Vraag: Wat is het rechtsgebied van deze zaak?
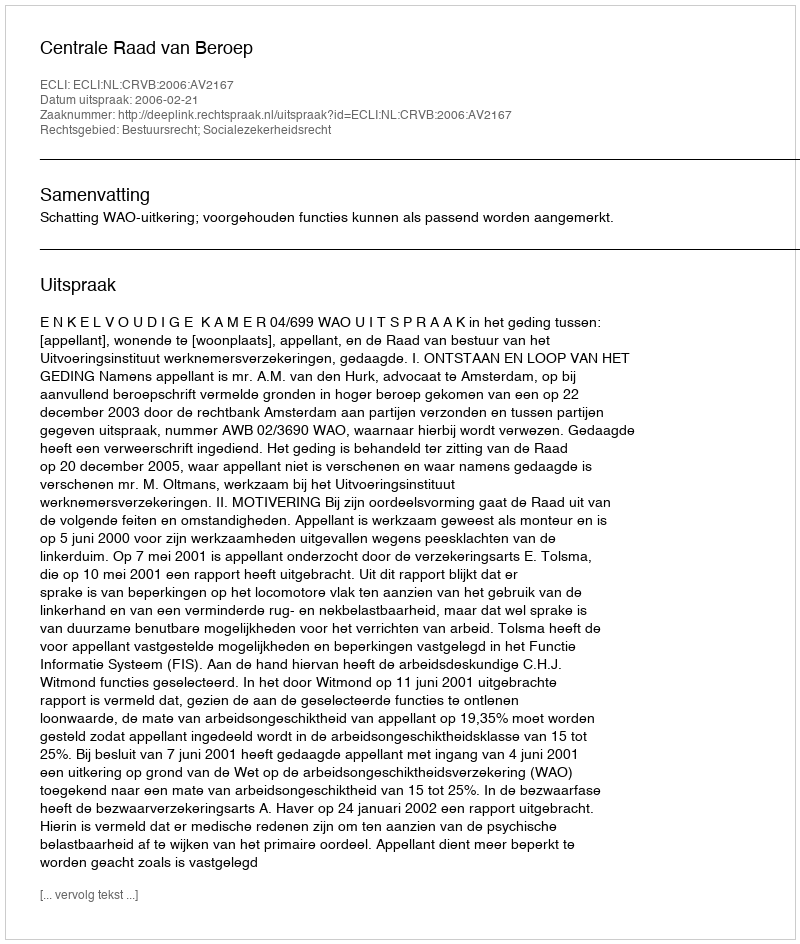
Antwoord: Bestuursrecht; Socialezekerheidsrecht